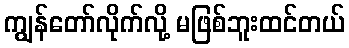
ကျွန်တော်လိုက်လို့ မဖြစ်ဘူးထင်တယ်